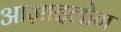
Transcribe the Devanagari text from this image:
आज़ादलोग